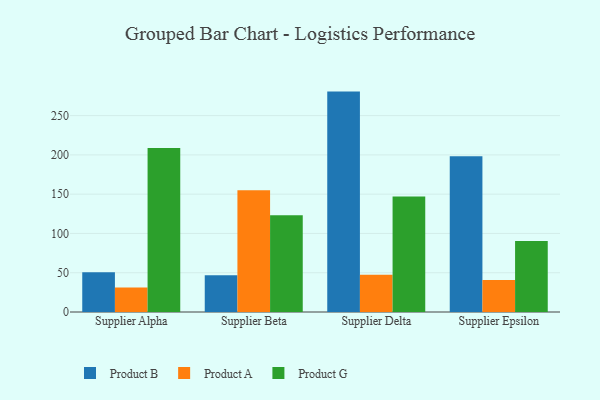
{"axis": {"x": "Supplier", "y": "Bounce Rate (%)"}, "legend": ["Product A", "Product B", "Product G"], "data": [{"x": "Supplier Alpha", "y": 50.6, "type": "Product B"}, {"x": "Supplier Alpha", "y": 31.3, "type": "Product A"}, {"x": "Supplier Alpha", "y": 208.9, "type": "Product G"}, {"x": "Supplier Beta", "y": 46.9, "type": "Product B"}, {"x": "Supplier Beta", "y": 155.0, "type": "Product A"}, {"x": "Supplier Beta", "y": 123.1, "type": "Product G"}, {"x": "Supplier Delta", "y": 280.6, "type": "Product B"}, {"x": "Supplier Delta", "y": 47.5, "type": "Product A"}, {"x": "Supplier Delta", "y": 147.1, "type": "Product G"}, {"x": "Supplier Epsilon", "y": 198.2, "type": "Product B"}, {"x": "Supplier Epsilon", "y": 40.8, "type": "Product A"}, {"x": "Supplier Epsilon", "y": 90.3, "type": "Product G"}]}